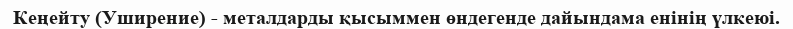
Кеңейту (Уширение) - металдарды қысыммен өндегенде дайындама енінің үлкеюі.